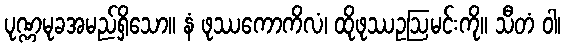
ပုဏ္ဏမုခအမည်ရှိသော။ နံ ဖုဿကောကိလံ၊ ထိုဖုဿဥဩမင်းကို။ သီတံ ဝါ၊